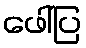
ဖေါ်ပြ